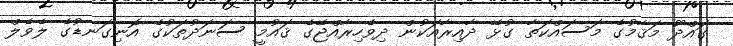
ގައްދޫ މަޤާމުގެ މަސައްކަތާ ގުޅޭ ދާއިރާއަކުން ދިވެހިރާއްޖޭގެ ޤައުމީ ސަނަދުތަކުގެ އޮނިގަނޑުގެ ލެވެލް